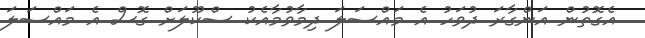
އެގޮތުން އަންގާރަ ދުވަހު އެ މައްސަލަ ދިމާވުމާއެކު ސްކޫލަށް ގޮސް އެ މައްސަލަ